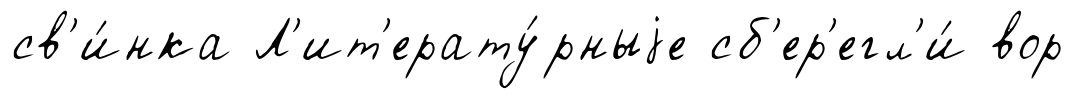
св'и́нка Л'ит'ерату́рныjе сб'ер'егл'и́ вор